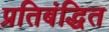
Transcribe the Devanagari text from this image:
प्रतिबंद्धित